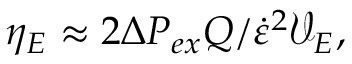
\eta _ { E } \approx 2 \Delta P _ { e x } Q / \dot { \varepsilon } ^ { 2 } \mathcal { V } _ { E } ,